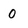
Character: 0